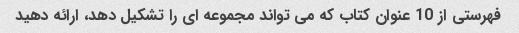
فهرستی از 10 عنوان کتاب که می تواند مجموعه ای را تشکیل دهد، ارائه دهید